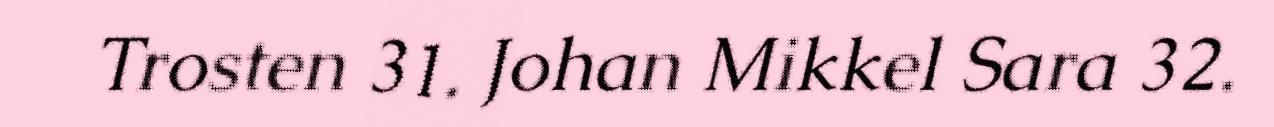
Trosten 31. Johan Mikkel Sara 32.